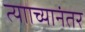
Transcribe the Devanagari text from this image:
त्यााच्यानंतर